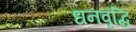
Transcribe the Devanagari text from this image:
धनवृद्धि